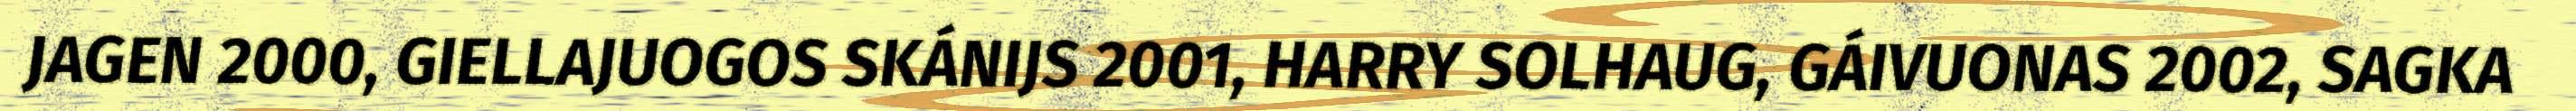
JAGEN 2000, GIELLAJUOGOS SKÁNIJS 2001, HARRY SOLHAUG, GÁIVUONAS 2002, SAGKA